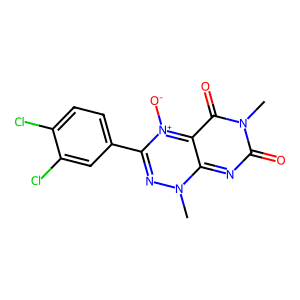
SMILES: Cn1nc(-c2ccc(Cl)c(Cl)c2)[n+]([O-])c2c(=O)n(C)c(=O)nc1-2
Inhibits HIV replication: No